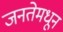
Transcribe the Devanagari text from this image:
जनतेमधून